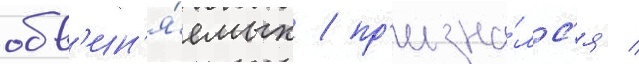
обв'ин'я́емых / пр'изна́лс'я /